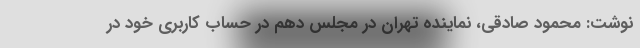
نوشت: محمود صادقی، نماینده تهران در مجلس دهم در حساب کاربری خود در